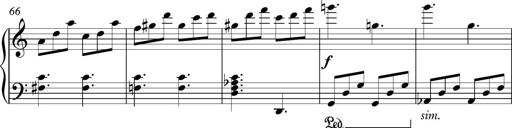
Title: Piano Sonatina in C
Composer: Daniel LÃ©o Simpson
Key: C major